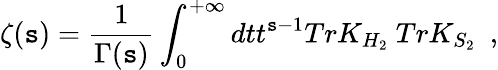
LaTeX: \zeta(\mathtt{s})={\frac{{1}}{{\Gamma(\mathtt{s})}}}\int_{0}^{+\infty}dtt^{\mathtt{s}-1}TrK_{H_{2}}~TrK_{S_{2}}~~,